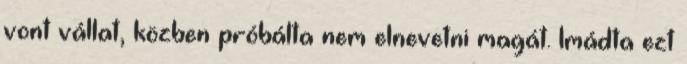
vont vállat, közben próbálta nem elnevetni magát. Imádta ezt